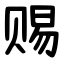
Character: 赐